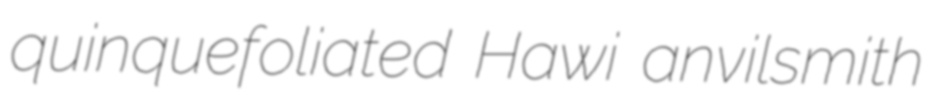
quinquefoliated Hawi anvilsmith